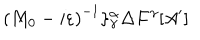
LaTeX: \left( M _ { 0 } - i \varepsilon \right) ^ { - 1 } \} _ { \gamma } ^ { \alpha } \Delta F ^ { \gamma } [ A ^ { \prime } ]